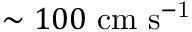
\sim 1 0 0 \ \mathrm { c m \ s ^ { - 1 } }